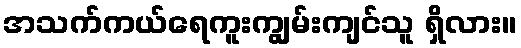
အသက်ကယ်ရေကူးကျွမ်းကျင်သူ ရှိလား။